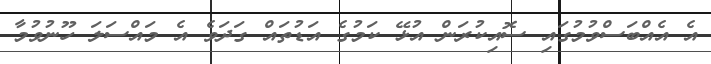
އެ އެއްބަސްވުމުގައި ސޮއިކުރަން އުޅޭ ކަމުގެ އަޑުތައް ގަދަވެ އެ މައްސަލަ ހޫނުވުމާ